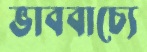
ভাববাচ্যে